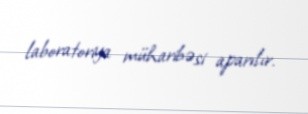
laboratoriya müharibəsi aparılır.